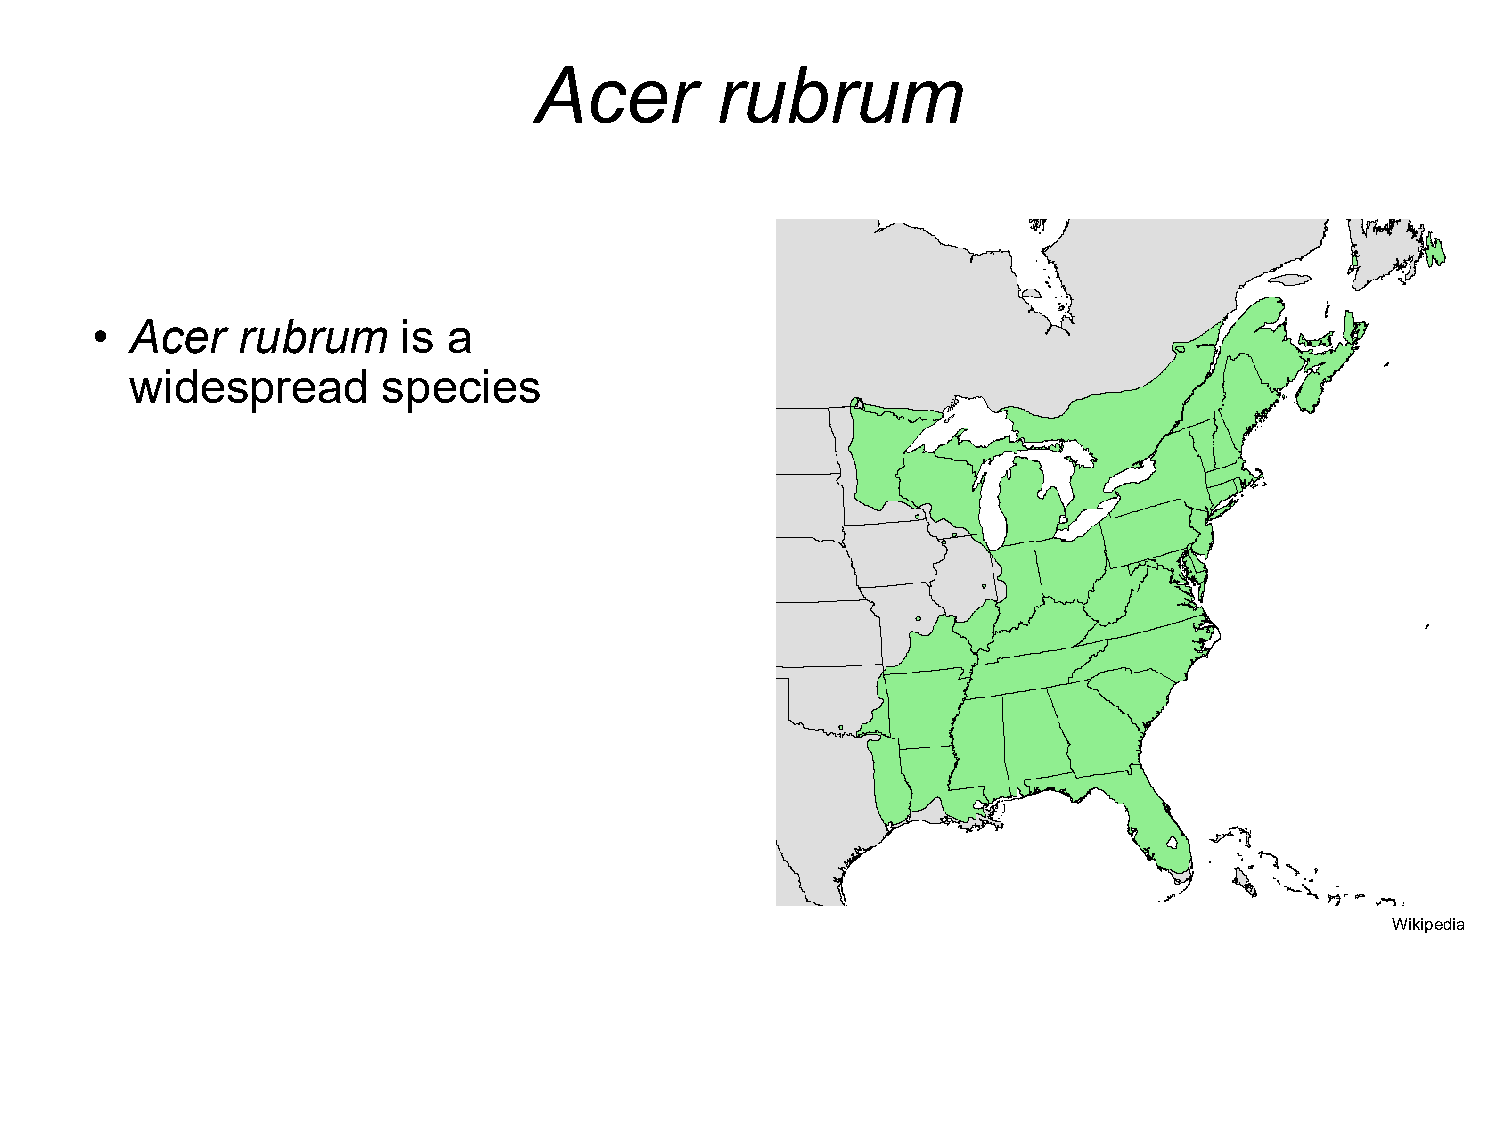
Acer        rubrum
 •  Acer   rubrum    is  a
 widespread      species
 •  Tolerates    a  wide   range    of
 climatic   conditions
 •  Ideal  for  studying
 relationship    with   climate
 Wikipedia